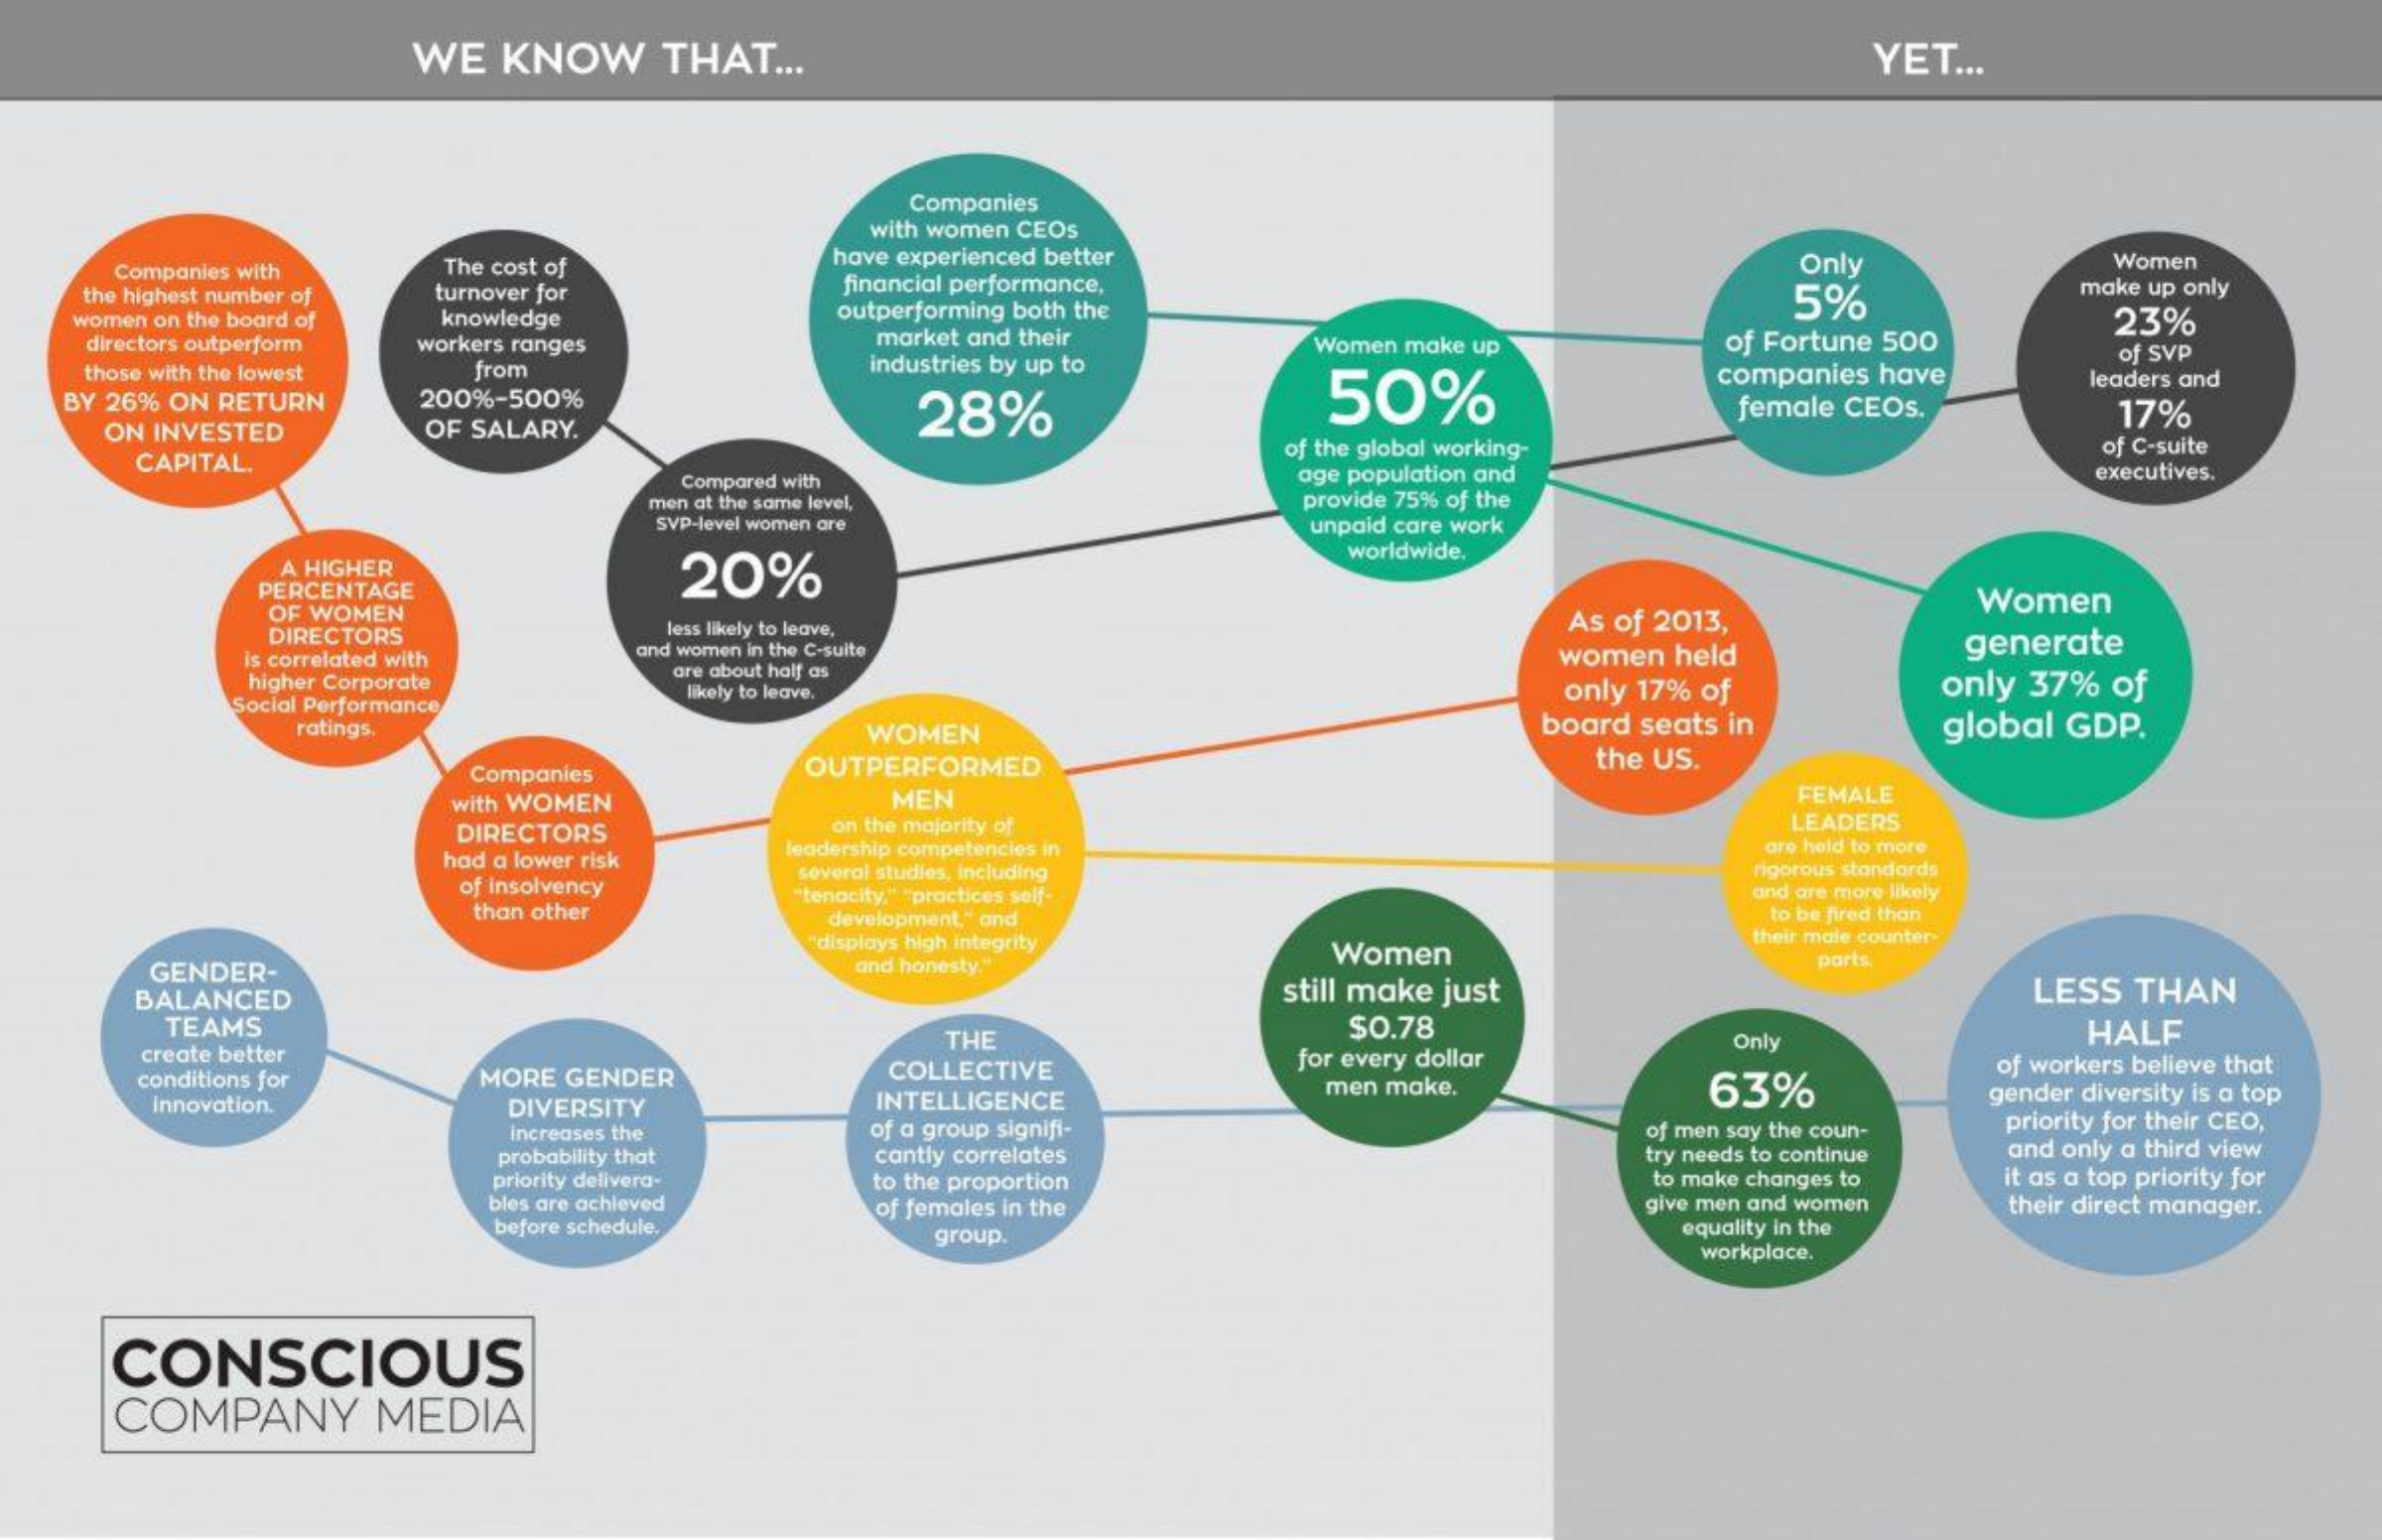
WE KNOW  THAT ...    YET ...
     Companies
     with women CEOs
     Companies with The cost of have experienced better
   the highest number of turnover for financial performance,
     Only    Women
   women on the board of knowledge outperforming both the    5%    make up only
     23%
    directors outperform workers ranges market and their Women make up of Fortune 500
    those with the lowest from   industries by up to
   BY 26% ON RETURN    28%    50%
     companies have
     of SVP
     200%-500%
     leaders and
    ON INVESTED OF SALARY.
     female CEOs.  17%
     CAPITAL.
     of the global working-    of C-suite
     Compared with    age population and    executives.
     men at the same level,  provide 75% of the
     SVP-level women are    unpaid care work
     A HIGHER    20%
     worldwide.
     PERCENTAGE
     OF WOMEN
     Women
     DIRECTORS    less likely to leave,    As of 2013,
     is correlated with and women in the C-suite    women held    generate
     higher Corporate
     are about half as
     Social Performance
     likely to leave.    only 17% of   only 37% of
     ratings.    WOMEN    board seats in global GDP.
     Companies   OUTPERFORMED    the US.
     with WOMEN    MEN    FEMALE
     DIRECTORS    on the majority of    LEADERS
     had a lower risk
     leadership competencies in    are held to more
     of insolvency
     several studies, including    rigorous standards
     than other
     "tenacity," "practices self-    and are more likely
     development," and    to be fired than
     "displays high integrity    their male counter-
     GENDER-    and honesty."
     Women    parts.
     BALANCED    still make just    LESS THAN
     TEAMS    $0.78    HALF
     create better
     THE    Only
     conditions for MORE GENDER COLLECTIVE    for every dollar
     INTELLIGENCE
     men make.    63%
     of workers believe that
     innovation.  DIVERSITY
     gender diversity is a top
     increases the of a group signifi-    of men say the coun- priority for their CEO,
     probability that cantly correlates    try needs to continue and only a third view
     priority delivera-
     bles are achieved
     to the proportion    to make changes to it as a top priority for
     of females in the    give men and women their direct manager.
     before schedule. group.    equality in the
     workplace.
     CONSCIOUS
     COMPANY  MEDIA